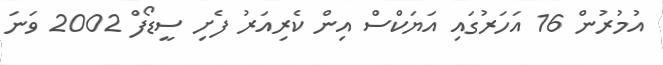
އުމުރުން 16 އަހަރުގައި އަޔަކްސް އިން ކެރިއަރު ފެށި ސީޑޯފް 2002 ވަނަ